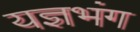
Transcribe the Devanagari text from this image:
यज्ञभंग